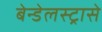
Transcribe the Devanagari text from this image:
बेन्डेलस्ट्रासे